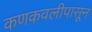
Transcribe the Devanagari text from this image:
कणकवलीपासून